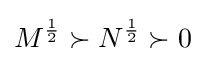
M^{\frac {1}{2}}\succ N^{\frac {1}{2}}\succ 0